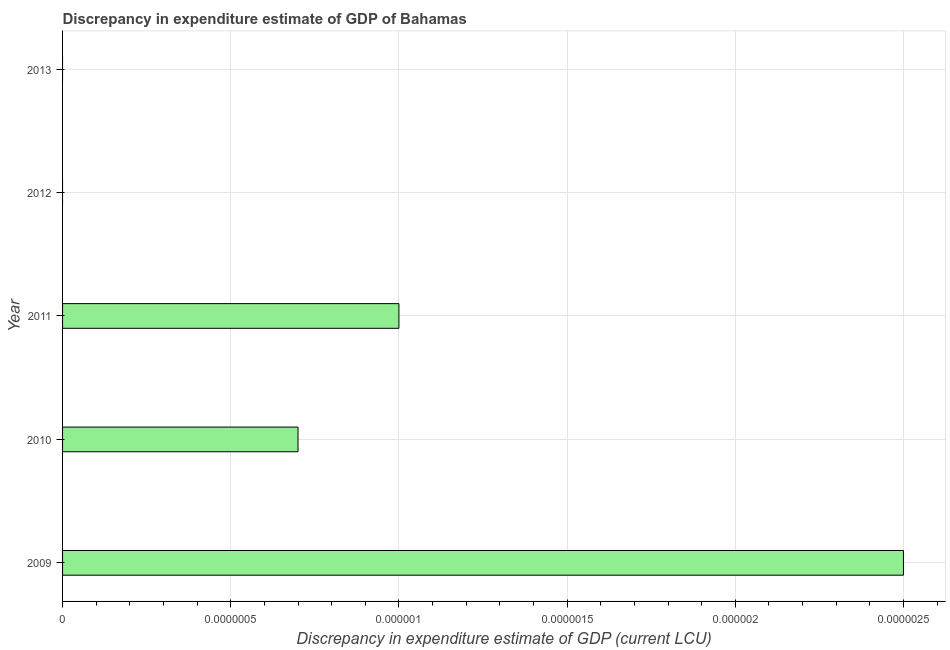
| Year | Discrepancy current LCU |
 | --- | --- |
 | 2009 | 2.5e-06 |
 | 2010 | 7e-07 |
 | 2011 | 1e-06 |
 | 2012 | -1e+04 |
 | 2013 | -1.2e-06 |